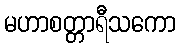
မဟာစတ္တာရီသကော